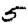
Digit: 5